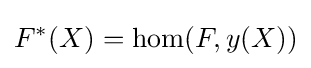
F^{\ast }(X)=\mathrm {hom} (F,y(X))